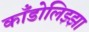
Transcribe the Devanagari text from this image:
काँडोलिझ्झा